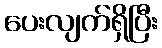
ပေးလျက်ရှိပြီး